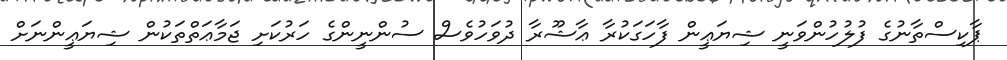
ޕާކިސްތާނުގެ ފުލުހުންވަނީ ޝިޔަޢީން ފާހަގަކުރާ ޢާޝޫރާ ދުވަހުވެސް ސުންނީންގެ ހަރުކަށި ޖަމާޢަތްތަކުން ޝިޔަޢީންނަށް